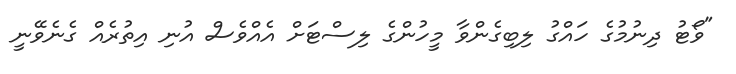
"ވޯޓު ދިނުމުގެ ހައްގު ލިބިގެންވާ މީހުންގެ ލިސްޓަށް އެއްވެސް އުނި އިތުރެއް ގެނެވޭނީ